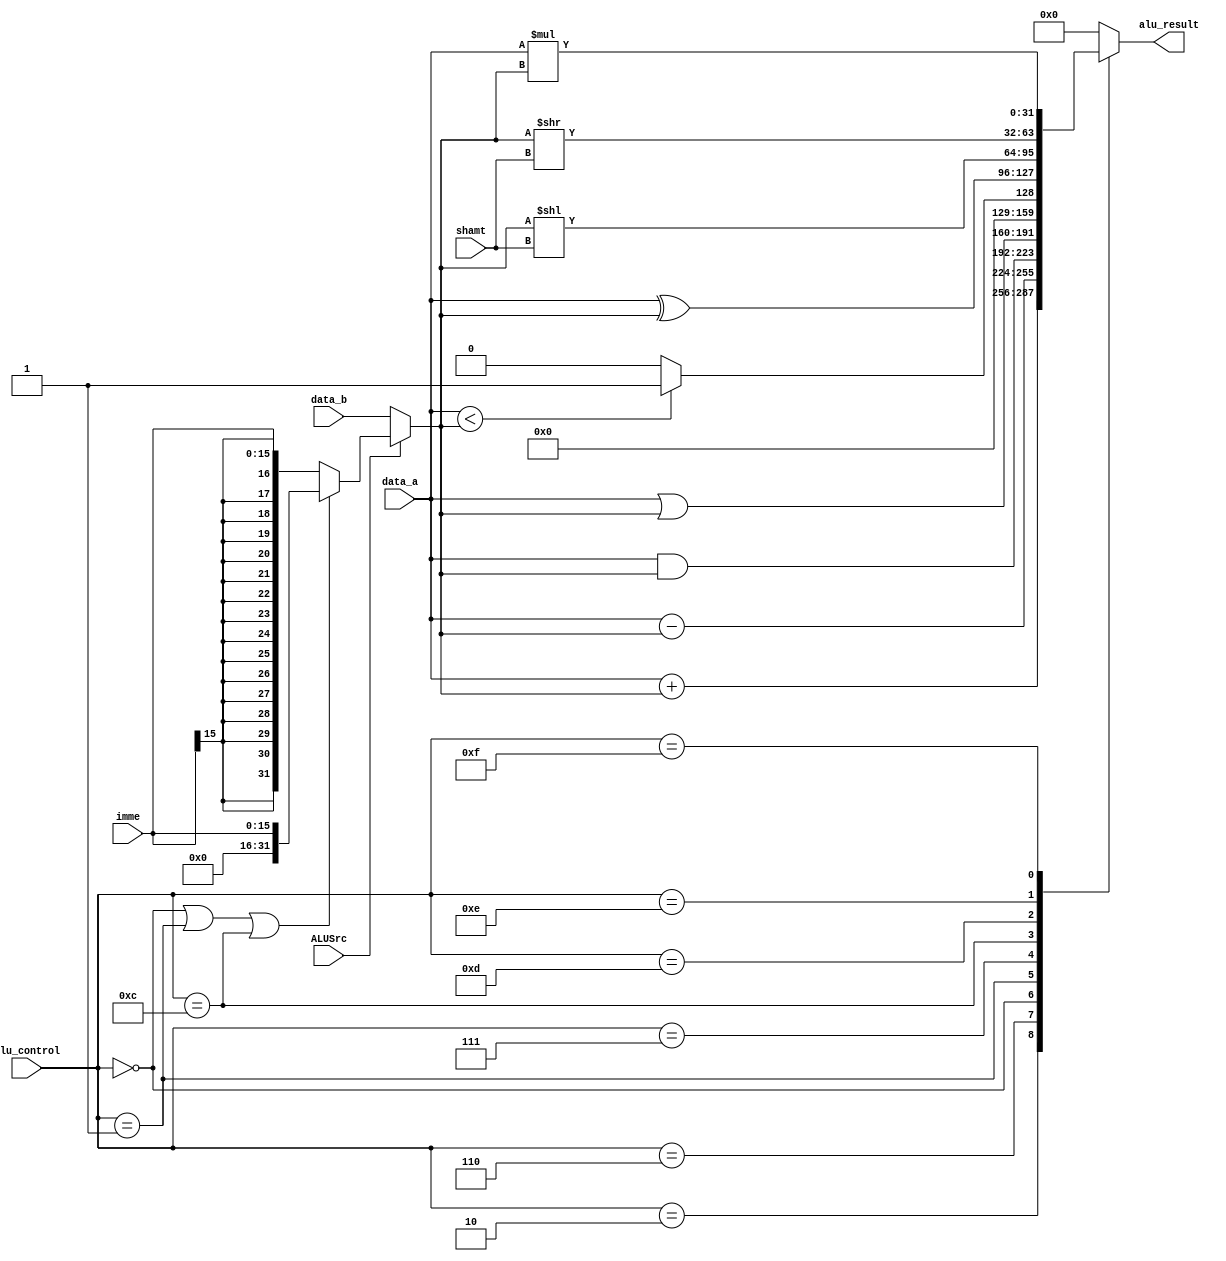
module alu(
    input [31:0] data_a,
    input [31:0] data_b,
    input [15:0] imme,
    input ALUSrc,
    input [3:0] alu_control,
    input [4:0] shamt,
    output reg [31:0] alu_result                     
);

wire [31:0] zero_extimm;
wire [31:0] sign_extimm;
reg [31:0] real_imme;

assign zero_extimm = {{16{1'b0}},imme};
assign sign_extimm = {{16{imme[15]}},imme};

wire [31:0] real_data_b;

wire [31:0] add_result;
wire [31:0] sub_result;
wire [31:0] and_result;
wire [31:0] or_result;
wire [31:0] lessthan_result;
wire [31:0] xor_result;
wire [31:0] sll_result;
wire [31:0] srl_result;
wire [31:0] mul_result;

assign add_result = data_a + real_data_b;
assign sub_result = data_a - real_data_b;
assign and_result = data_a & real_data_b;
assign or_result = data_a | real_data_b;
assign lessthan_result = (data_a < real_data_b?32'b1:32'b0);
assign xor_result = data_a ^ real_data_b;
assign sll_result = real_data_b << shamt;
assign srl_result = real_data_b >> shamt;
assign mul_result = data_a * real_data_b;

always @(*) begin
    case (alu_control)
        4'b0010:alu_result <= add_result;
        4'b0110:alu_result <= sub_result;
        4'b0000:alu_result <= and_result;
        4'b0001:alu_result <= or_result;
        4'b0111:alu_result <= lessthan_result;
        4'b1100:alu_result <= xor_result;        //xor
        4'b1101:alu_result <= sll_result;
        4'b1110:alu_result <= srl_result;
        4'b1111:alu_result <= mul_result;
        default:alu_result <= 32'h00000000;
    endcase
end

always @(*) begin
    if (alu_control == 4'b0000 || alu_control == 4'b0001 || alu_control == 4'b1100) begin 
        real_imme <= zero_extimm;
    end
    else real_imme <= sign_extimm;
end
assign real_data_b = (ALUSrc == 1'b1)?real_imme:data_b;

endmodule